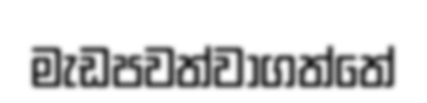
මැඩපවත්වාගත්තේ